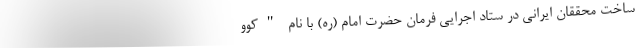
ساخت محققان ایرانی در ستاد اجرایی فرمان حضرت امام (ره) با نام "کُوو